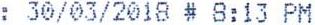
: 30/03/2018 # 8:13 PM